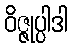
ဝိဇ္ဇုပ္ပါဒါ